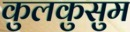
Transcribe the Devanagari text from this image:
कुलकुसुम